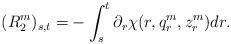
LaTeX: \begin{align*} (R^m_2)_{s,t}=&-\int_s^t\partial_r \chi(r,q_r^m,z_r^m)dr.\end{align*}